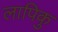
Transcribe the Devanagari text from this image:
लापिकु